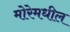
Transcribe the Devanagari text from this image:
मोरेमधील